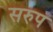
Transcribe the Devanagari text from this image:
सरुप